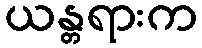
ယန္တရားက